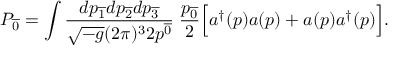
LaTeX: P _ { \overline { { { 0 } } } } = \int { \frac { d p _ { \overline { { { 1 } } } } d p _ { \overline { { { 2 } } } } d p _ { \overline { { { 3 } } } } } { \sqrt { - g } ( 2 \pi ) ^ { 3 } 2 p ^ { \overline { { { 0 } } } } } } \; { \frac { p _ { \overline { { { 0 } } } } } { 2 } } \Big [ a ^ { \dagger } ( p ) a ( p ) + a ( p ) a ^ { \dagger } ( p ) \Big ] .